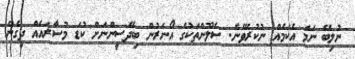
ނުލިބޭ ނަމަ އެކަމެއް ނުކުރެވޭނެ. ސެލޫންތަކުގެ އޯނަރުން ބިދޭސީންނަށް ކުޑަ މުސާރައެއް ދީގެން